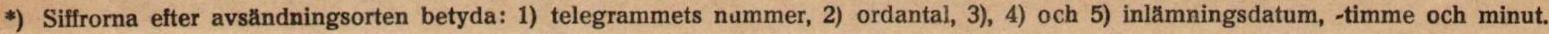
*) Siffrorna efter avsändningsorten betyda: 1) telegrammets nummer, 2) ordantal, 3), 4) och 5) inlämningsdatum, -timme och minut.